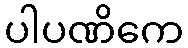
ပါပဏိကေ